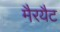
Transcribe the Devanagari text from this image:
मैरयैट